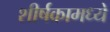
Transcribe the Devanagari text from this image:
शीर्षकामध्ये